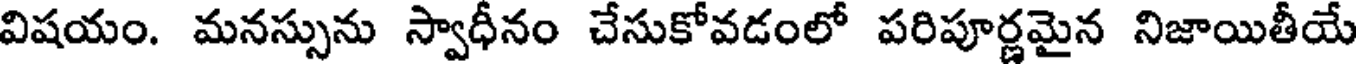
విషయం. మనస్సును స్వాధీనం చేసుకోవడంలో పరిపూర్ణమైన నిజాయితీయే